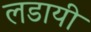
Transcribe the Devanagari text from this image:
लडायी